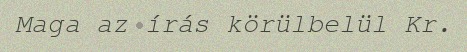
Maga az írás körülbelül Kr.